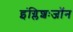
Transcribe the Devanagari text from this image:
इंग्लिशःजॉन